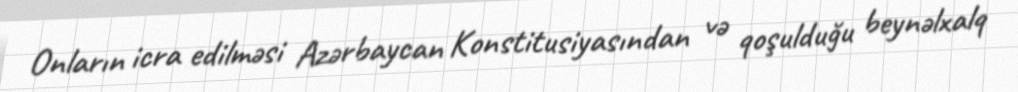
Onların icra edilməsi Azərbaycan Konstitusiyasından və qoşulduğu beynəlxalq